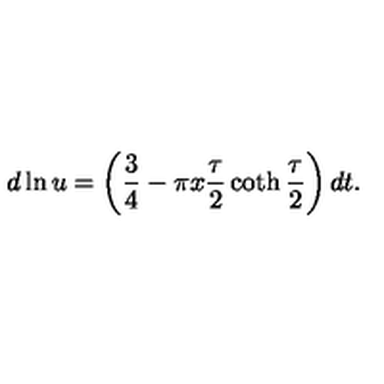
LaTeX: d \ln u = \left( \frac 3 4 - \pi x \frac { \tau } { 2 } \coth \frac { \tau } { 2 } \right) d t .